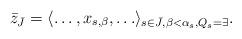
LaTeX: \begin{align*}\bar z_{\bar J} = \langle \ldots,x_{s,\beta},\ldots \rangle_{s \in \bar J,\beta < \alpha_s,Q_s = \exists}.\end{align*}